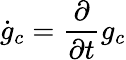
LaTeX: \dot{g}_{c}=\frac{\partial}{\partial t}g_{c}